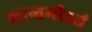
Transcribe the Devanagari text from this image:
शान्तमीड्यं